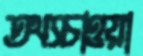
তথ্যচাওয়া